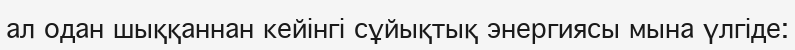
ал одан шыққаннан кейінгі сұйықтық энергиясы мына үлгіде: